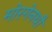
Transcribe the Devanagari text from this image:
मोरगेनथौ